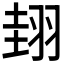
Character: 𦐰